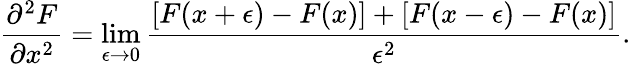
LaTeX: {\frac{\partial^{2}F}{\partial x^{2}}}=\operatorname*{lim}_{\epsilon\rightarrow 0}{\frac{[F(x+\epsilon)-F(x)]+[F(x-\epsilon)-F(x)]}{\epsilon^{2}}}.